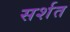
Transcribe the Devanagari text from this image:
सर्शत